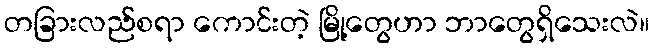
တခြားလည်စရာ ကောင်းတဲ့ မြို့တွေဟာ ဘာတွေရှိသေးလဲ။